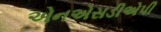
એનએસડીએપી